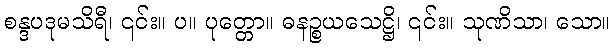
စန္ဒပဒုမသိရီ၊ ၎င်း။ ပ။ ပုတ္တော။ ဓနဉ္စယသေဋ္ဌိ၊ ၎င်း။ သုဏိသာ၊ သော။